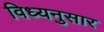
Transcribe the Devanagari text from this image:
विध्यनुसार